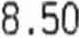
8.50